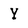
Character: Y